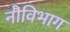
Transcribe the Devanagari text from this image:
नौविभाग